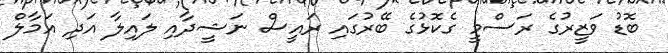
ބޮޑު ވަޒީރުގެ ރަސްމީ ގެކޮޅުގެ ބޭރުގައި ރައީސް ނަޝީދާއި ލައިލާ އަދި އަމާލް